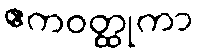
ဧကဝတ္ထုကာ